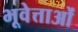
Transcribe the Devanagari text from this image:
भूवेत्ताओं